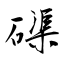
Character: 磲